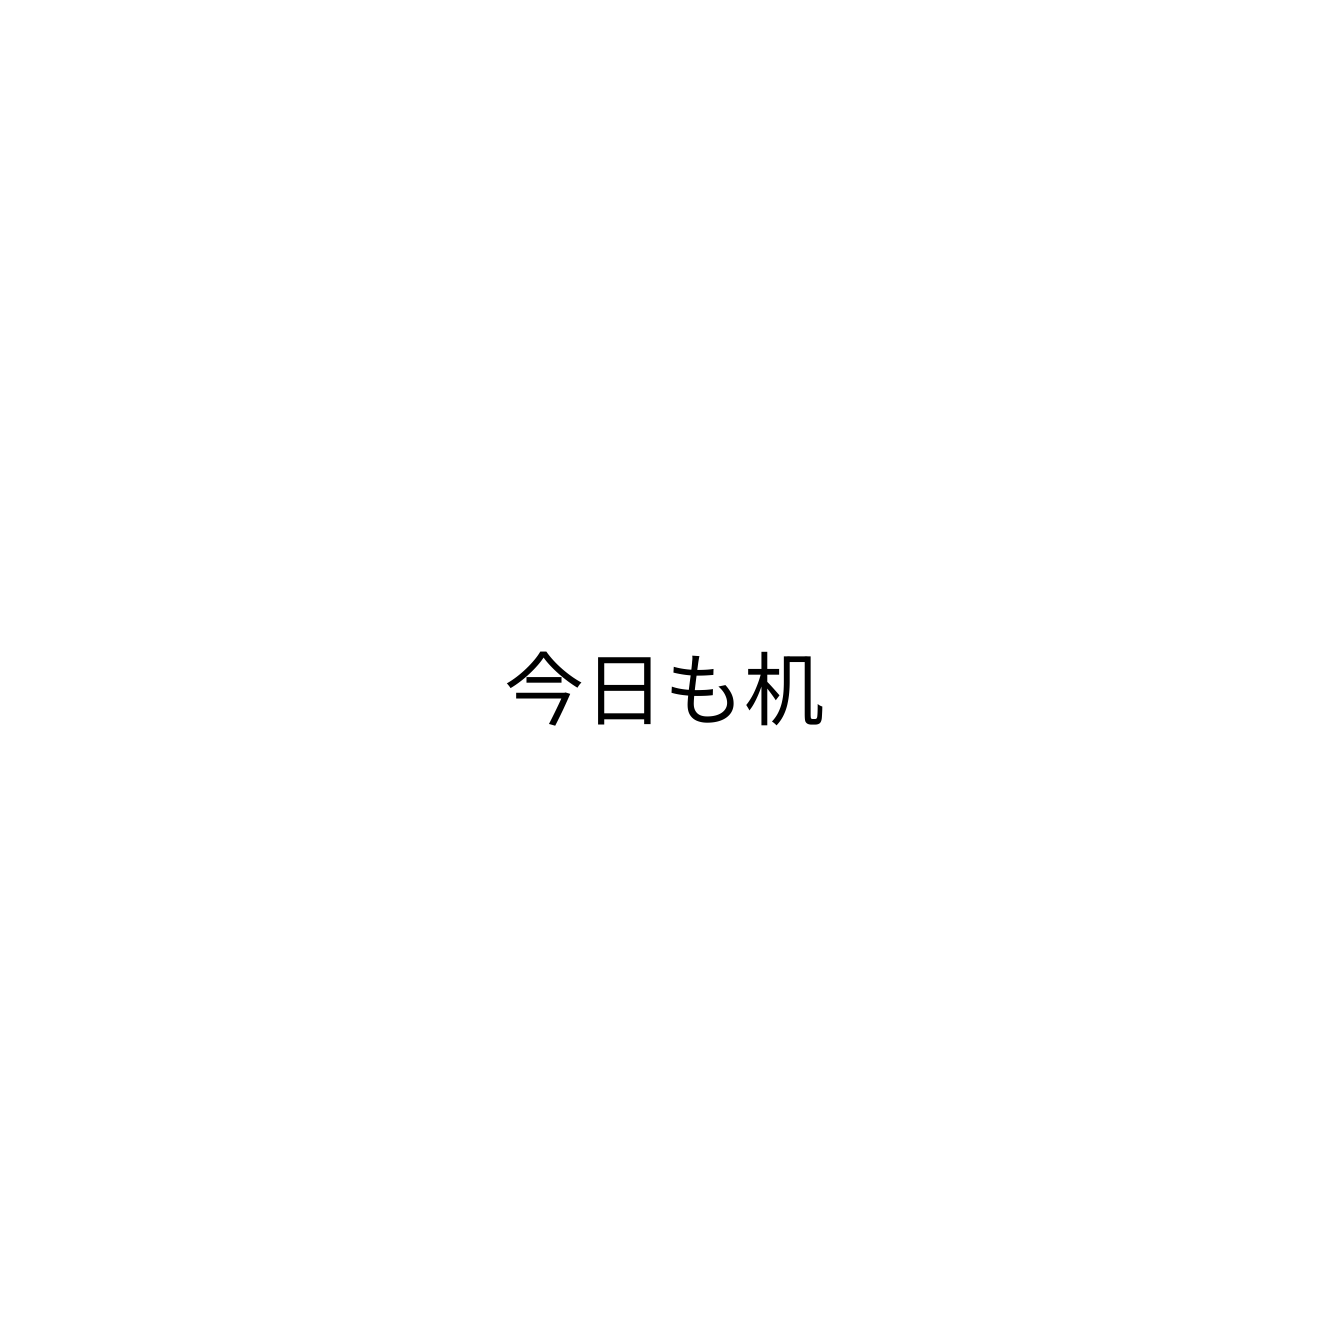
今日も机